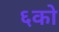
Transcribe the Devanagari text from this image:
६को